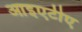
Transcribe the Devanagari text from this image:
आइएटीए